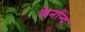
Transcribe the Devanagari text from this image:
फेर्नान्द